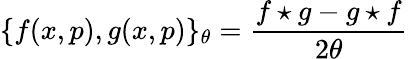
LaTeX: \{ f(x,p),g(x,p)\} _{\theta}=\frac{f\star g-g\star f}{2\theta}